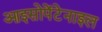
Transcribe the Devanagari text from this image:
आइसोपेंटेनाइल